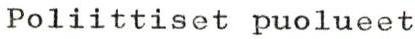
Poliittiset puolueet